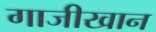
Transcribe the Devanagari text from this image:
गाजीखान